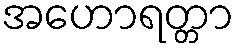
အဟောရတ္တာ